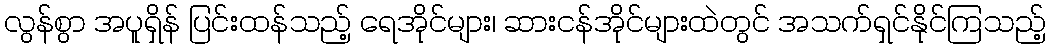
လွန်စွာ အပူရှိန် ပြင်းထန်သည့် ရေအိုင်များ၊ ဆားငန်အိုင်များထဲတွင် အသက်ရှင်နိုင်ကြသည့်